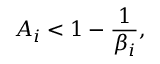
A _ { i } < 1 - \frac { 1 } { \beta _ { i } } ,